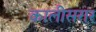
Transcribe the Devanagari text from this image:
कालीसरार